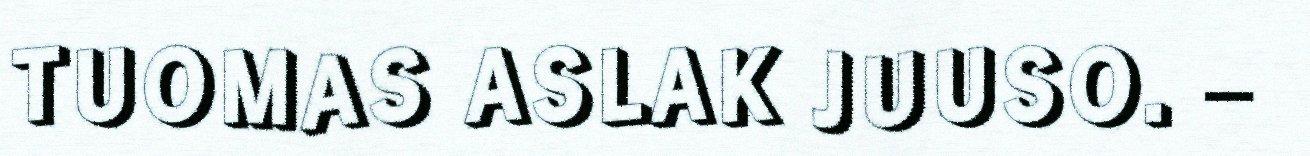
TUOMAS ASLAK JUUSO. –